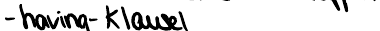
- having - Klausel